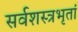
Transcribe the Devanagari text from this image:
सर्वशस्त्रभृतां